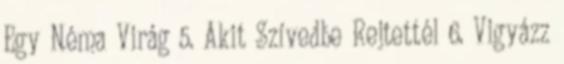
Egy Néma Virág 5. Akit Szívedbe Rejtettél 6. Vigyázz